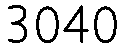
3040